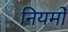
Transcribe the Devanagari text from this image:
नियमोँ